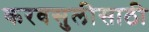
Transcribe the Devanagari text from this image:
करवसुलीसाठी